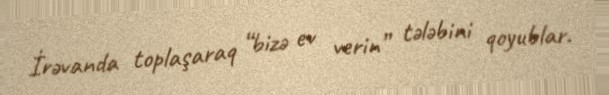
İrəvanda toplaşaraq “bizə ev verin” tələbini qoyublar.